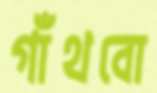
গাঁথবো